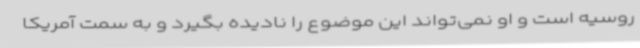
روسیه است و او نمی‌تواند این موضوع را نادیده بگیرد و به سمت آمریکا